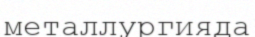
металлургияда